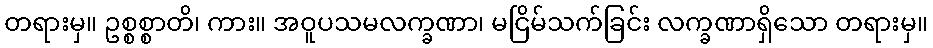
တရားမှ။ ဥစ္စစ္စာတိ၊ ကား။ အဝူပသမလက္ခဏာ၊ မငြိမ်သက်ခြင်း လက္ခဏာရှိသော တရားမှ။